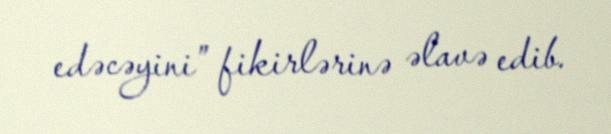
edəcəyini” fikirlərinə əlavə edib.